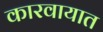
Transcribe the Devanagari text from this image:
कारवायात